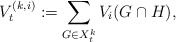
\begin{align*}V^{(k,i)}_t:=\sum_{G\in X^k_t}V_i(G\cap H),\end{align*}